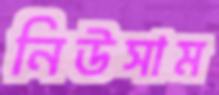
নিউসাম